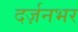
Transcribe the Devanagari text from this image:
दर्ज़नभर